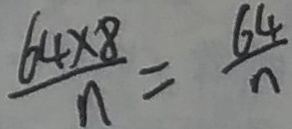
\frac { 6 4 \times 8 } { n } = \frac { 6 4 } { n }